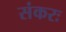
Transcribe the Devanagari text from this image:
संकरः